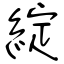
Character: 綻